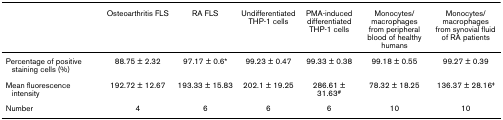
|  | Osteoarthritis FLS | RA FLS | Undifferentiated THP-1 cells | PMA-induced differentiated THP-1 cells | Monocytes/macrophages from peripheral blood of healthy humans | Monocytes/macrophages from synovial fluid of RA patients |
 | --- | --- | --- | --- | --- | --- | --- |
 | Percentage of positive staining cells (%) | 88.75 ± 2.32 | 97.17 ± 0.6* | 99.23 ± 0.47 | 99.33 ± 0.38 | 99.18 ± 0.55 | 99.27 ± 0.39 |
 | Mean fluorescence intensity | 192.72 ± 12.67 | 193.33 ± 15.83 | 202.1 ± 19.25 | 286.61 ± 31.63# | 78.32 ± 18.25 | 136.37 ± 28.16‡ |
 | Number | 4 | 6 | 6 | 6 | 10 | 10 |